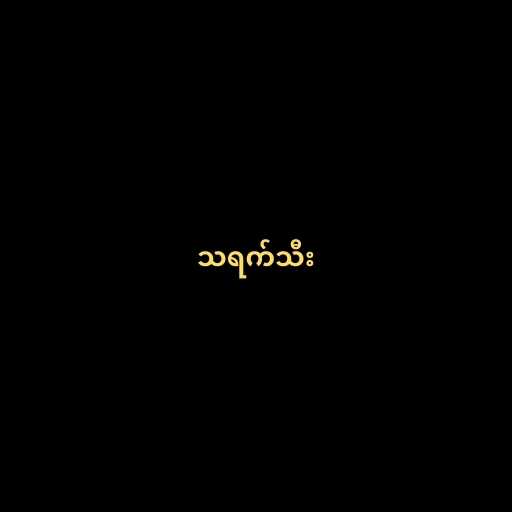
သရက်သီး